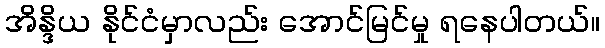
အိန္ဒိယ နိုင်ငံမှာလည်း အောင်မြင်မှု ရနေပါတယ်။